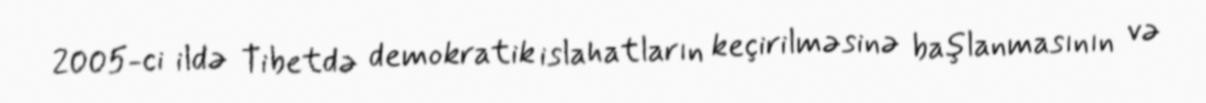
2005-ci ildə Tibetdə demokratik islahatların keçirilməsinə başlanmasının və